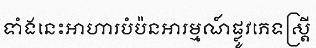
ទាំងនេះអាហារបំប៉នអារម្មណ៍ផ្លូវភេទស្ត្រី